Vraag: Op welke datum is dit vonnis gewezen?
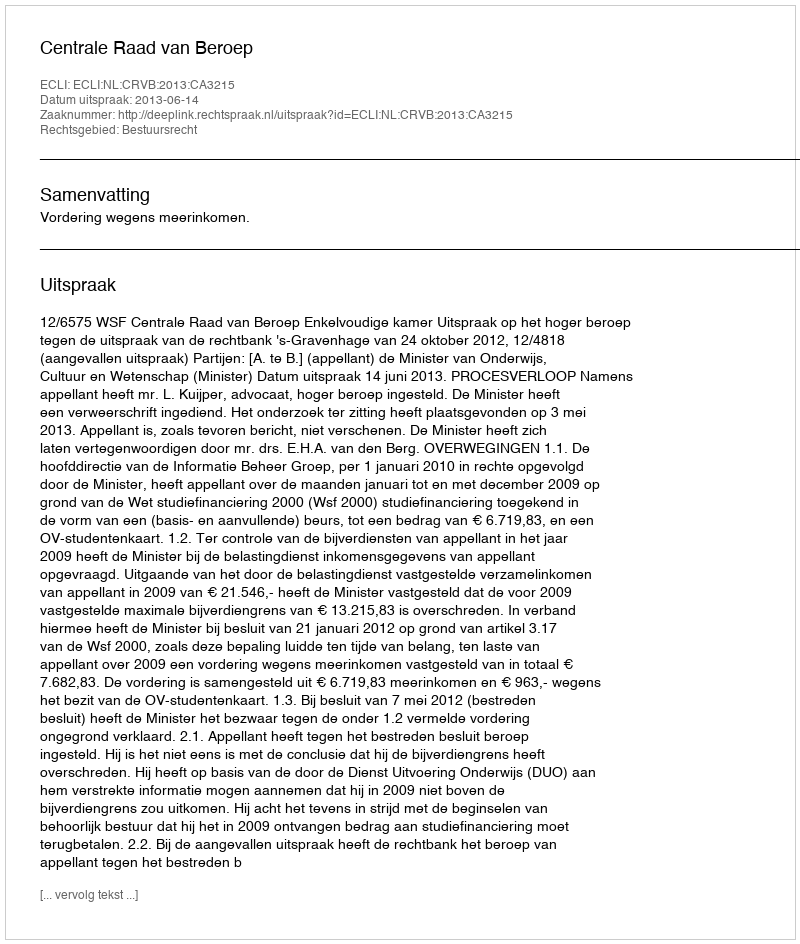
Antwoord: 2013-06-14